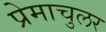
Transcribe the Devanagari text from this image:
प्रेमाचुलर